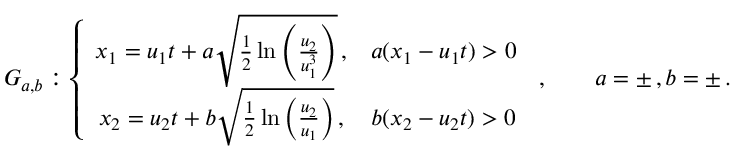
G _ { a , b } : \left\{ \begin{array} { c c } { x _ { 1 } = u _ { 1 } t + a \sqrt { \frac { 1 } { 2 } \ln \left( \frac { u _ { 2 } } { u _ { 1 } ^ { 3 } } \right) } \, , } & { a ( x _ { 1 } - u _ { 1 } t ) > 0 } \\ { x _ { 2 } = u _ { 2 } t + b \sqrt { \frac { 1 } { 2 } \ln \left( \frac { u _ { 2 } } { u _ { 1 } } \right) } \, , } & { b ( x _ { 2 } - u _ { 2 } t ) > 0 } \end{array} \right. \, , \qquad a = \pm \, , b = \pm \, .